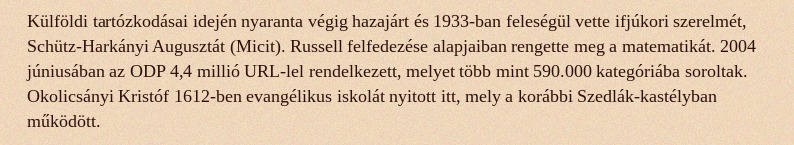
Külföldi tartózkodásai idején nyaranta végig hazajárt és 1933-ban feleségül vette ifjúkori szerelmét, Schütz-Harkányi Augusztát (Micit). Russell felfedezése alapjaiban rengette meg a matematikát. 2004 júniusában az ODP 4,4 millió URL-lel rendelkezett, melyet több mint 590.000 kategóriába soroltak. Okolicsányi Kristóf 1612-ben evangélikus iskolát nyitott itt, mely a korábbi Szedlák-kastélyban működött.